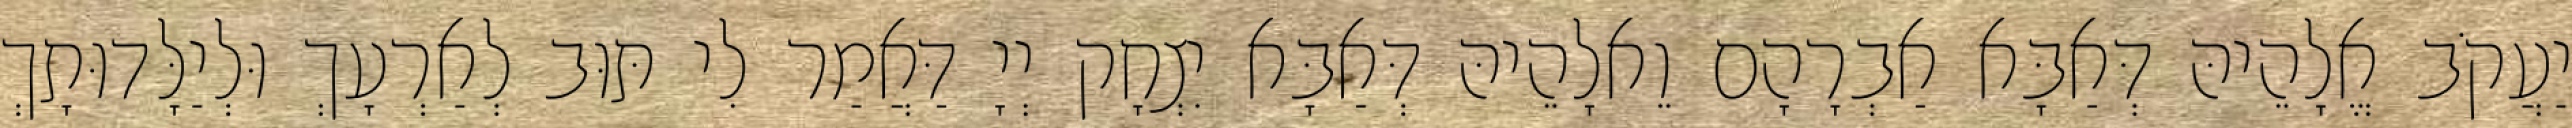
יַעֲקֹב אֱלָהֵיהּ דְּאַבָּא אַבְרָהָם וֵאלָהֵיהּ דְּאַבָּא יִצְחָק יְיָ דַּאֲמַר לִי תּוּב לְאַרְעָךְ וּלְיַלָּדוּתָךְ